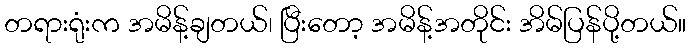
တရားရုံးက အမိန့်ချတယ်၊ ပြီးတော့ အမိန့်အတိုင်း အိမ်ပြန်ပို့တယ်။